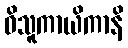
ဝိသူကာယိကာနိ